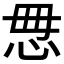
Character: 𰑓